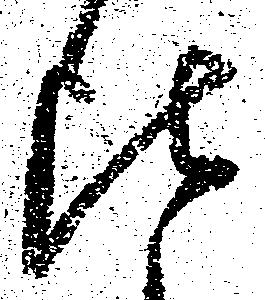
比